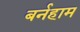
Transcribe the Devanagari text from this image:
बर्नहाम